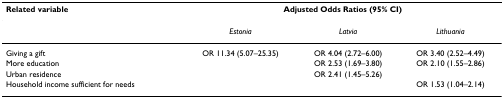
<table><thead><tr><td><b>Related variable</b></td><td colspan="3"><b>Adjusted Odds Ratios (95% CI)</b></td></tr></thead><tbody><tr><td></td><td><i>Estonia</i></td><td><i>Latvia</i></td><td><i>Lithuania</i></td></tr><tr><td>Giving a gift</td><td>OR 11.34 (5.07–25.35)</td><td>OR 4.04 (2.72–6.00)</td><td>OR 3.40 (2.52–4.49)</td></tr><tr><td>More education</td><td></td><td>OR 2.53 (1.69–3.80)</td><td>OR 2.10 (1.55–2.86)</td></tr><tr><td>Urban residence</td><td></td><td>OR 2.41 (1.45–5.26)</td><td></td></tr><tr><td>Household income sufficient for needs</td><td></td><td></td><td>OR 1.53 (1.04–2.14)</td></tr></tbody></table>